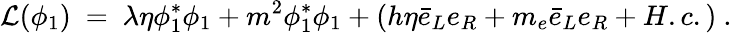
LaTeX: {\cal L}(\phi_{1})~=~\lambda\eta\phi_{1}^{*}\phi_{1}+m^{2}\phi_{1}^{*}\phi_{1}+(h\eta\bar{e}_{L}e_{R}+m_{e}\bar{e}_{L}e_{R}+H.c.)\ .